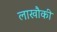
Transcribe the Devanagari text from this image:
लाखौकी